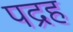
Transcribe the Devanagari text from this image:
पद्रह